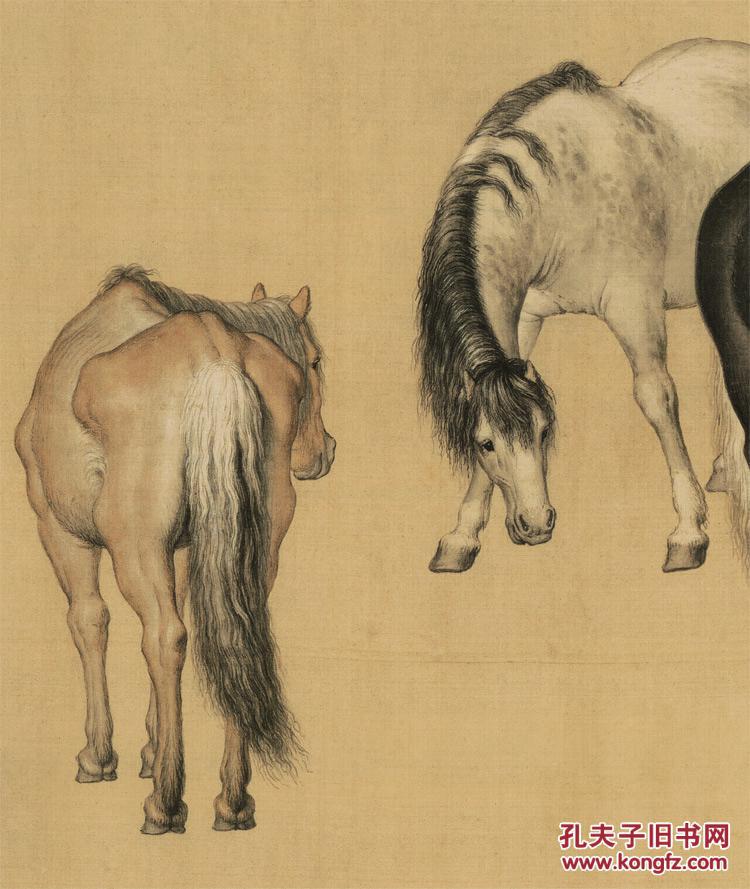
沽酒清阴时系马，招凉短槛几留题。